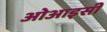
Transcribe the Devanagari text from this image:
ओआइसी